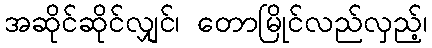
အဆိုင်ဆိုင်လျှင်၊ တောမြိုင်လည်လှည့်၊